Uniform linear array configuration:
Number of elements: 8
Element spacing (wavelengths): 0.25
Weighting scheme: blackman
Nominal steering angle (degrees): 15
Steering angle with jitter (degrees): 14.949
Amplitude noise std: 0.05
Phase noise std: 0.05

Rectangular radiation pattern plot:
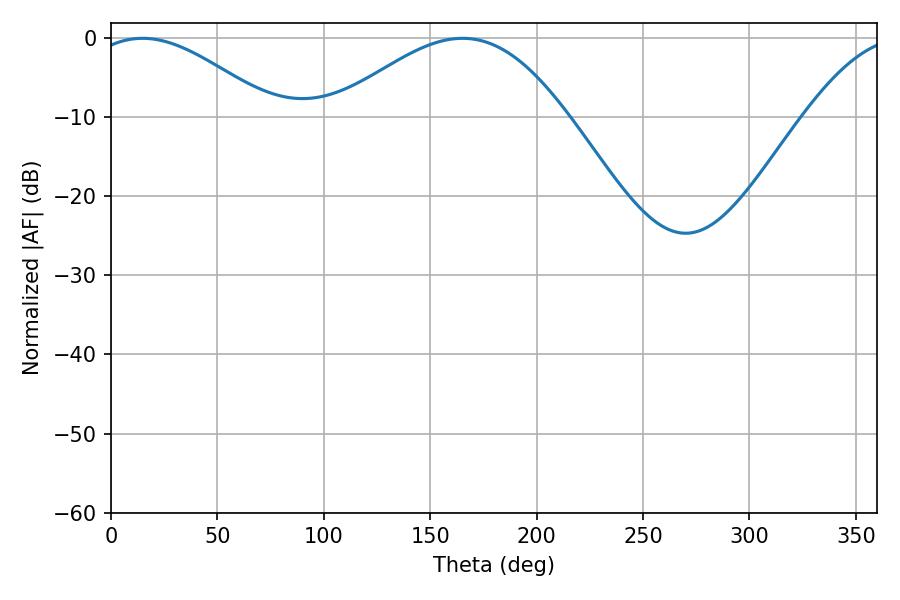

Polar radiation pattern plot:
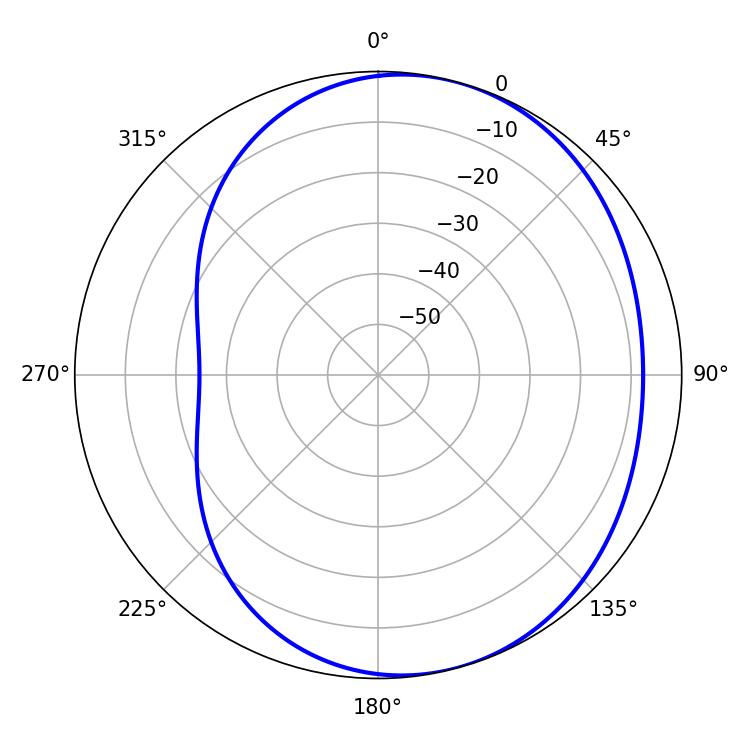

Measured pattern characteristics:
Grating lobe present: FALSE
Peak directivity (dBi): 4.484
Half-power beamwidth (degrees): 46.8
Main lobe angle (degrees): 14.76